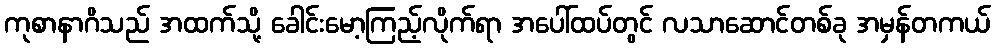
ကုစာနာဂိသည် အထက်သို့ ခေါင်းမော့ကြည့်လိုက်ရာ အပေါ်ထပ်တွင် လသာဆောင်တစ်ခု အမှန်တကယ်